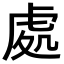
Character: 處